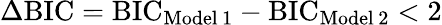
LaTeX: \Delta\mathrm{BIC}=\mathrm{BIC}_{\mathrm{Model\, 1}}-\mathrm{BIC}_{\mathrm{Model\, 2}}<2